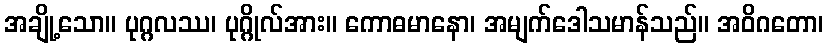
အချို့သော။ ပုဂ္ဂလဿ၊ ပုဂ္ဂိုလ်အား။ ကောဓမာနော၊ အမျက်ဒေါသမာန်သည်။ အဝိဂတော၊